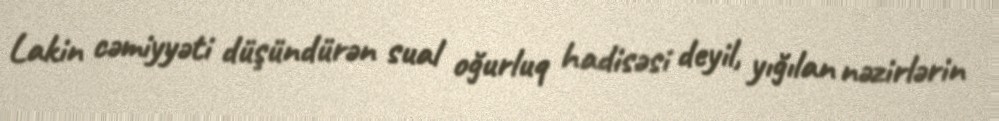
Lakin cəmiyyəti düşündürən sual oğurluq hadisəsi deyil, yığılan nəzirlərin